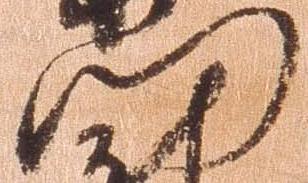
門